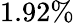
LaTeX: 1.92\%